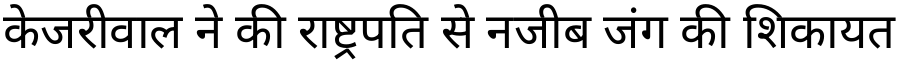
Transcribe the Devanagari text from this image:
केजरीवाल ने की राष्ट्रपति से नजीब जंग की शिकायत